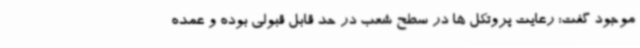
موجود گفت: رعایت پروتکل ها در سطح شعب در حد قابل قبولی بوده و عمده